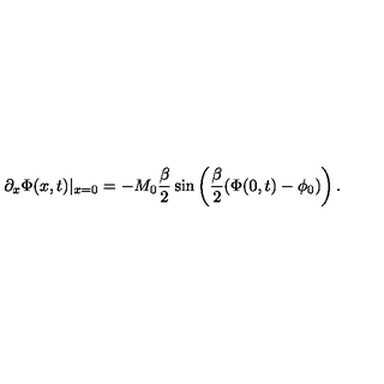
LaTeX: \partial _ { x } \Phi ( x , t ) \vert _ { x = 0 } = - M _ { 0 } \frac { \beta } { 2 } \sin \left( \frac { \beta } { 2 } ( \Phi ( 0 , t ) - \phi _ { 0 } ) \right) .